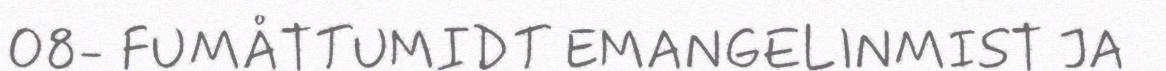
O8- FUMÅTTUMIDT EMANGELINMIST JA